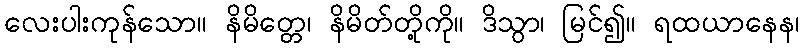
လေးပါးကုန်သော။ နိမိတ္တေ၊ နိမိတ်တို့ကို။ ဒိသွာ၊ မြင်၍။ ရထယာနေန၊